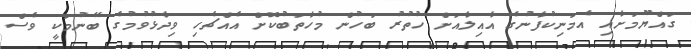
ގައްޔޫމަށާއި އެމަނިކުފާނުގެ އާއިލާއަށް ހުތުރު ބަހުން މުހާތަބުކޮށް އެއްޗެހި ވިދާޅުވުމުގެ ބޭނުމަކީ ވެސް